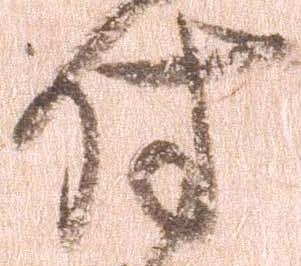
付